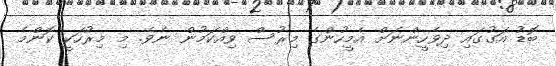
ބޮޑު އަގުގައި ދިވެހީންނަށް އެމީހުންގެ މިރުސް ވިއްކަމުން ނެވެ. މި މިރުހަކީ ކޮންމެ